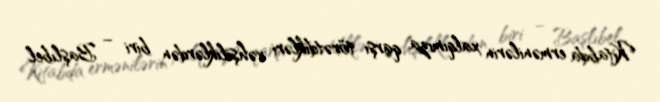
Kitabda ermənilərin xalqımıza qarşı törətdikləri vəhşiliklərdən biri – Başlıbel